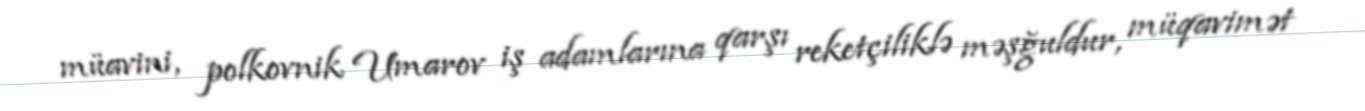
müavini, polkovnik Umarov iş adamlarına qarşı reketçiliklə məşğuldur, müqavimət